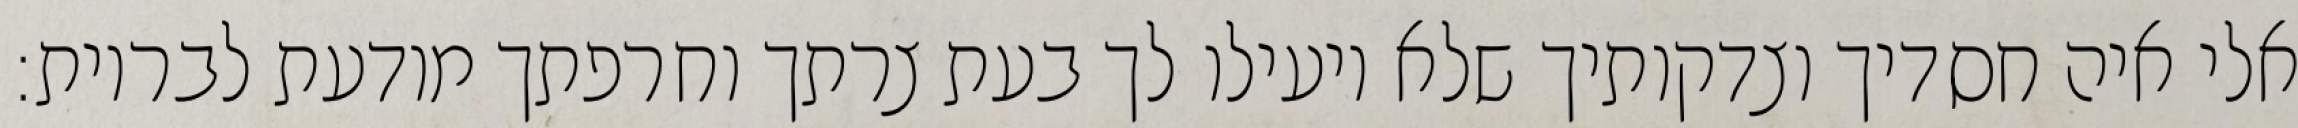
אלי איה חסדיך וצדקותיך שלא יועילו לך בעת צרתך וחרפתך מודעת לבריות: